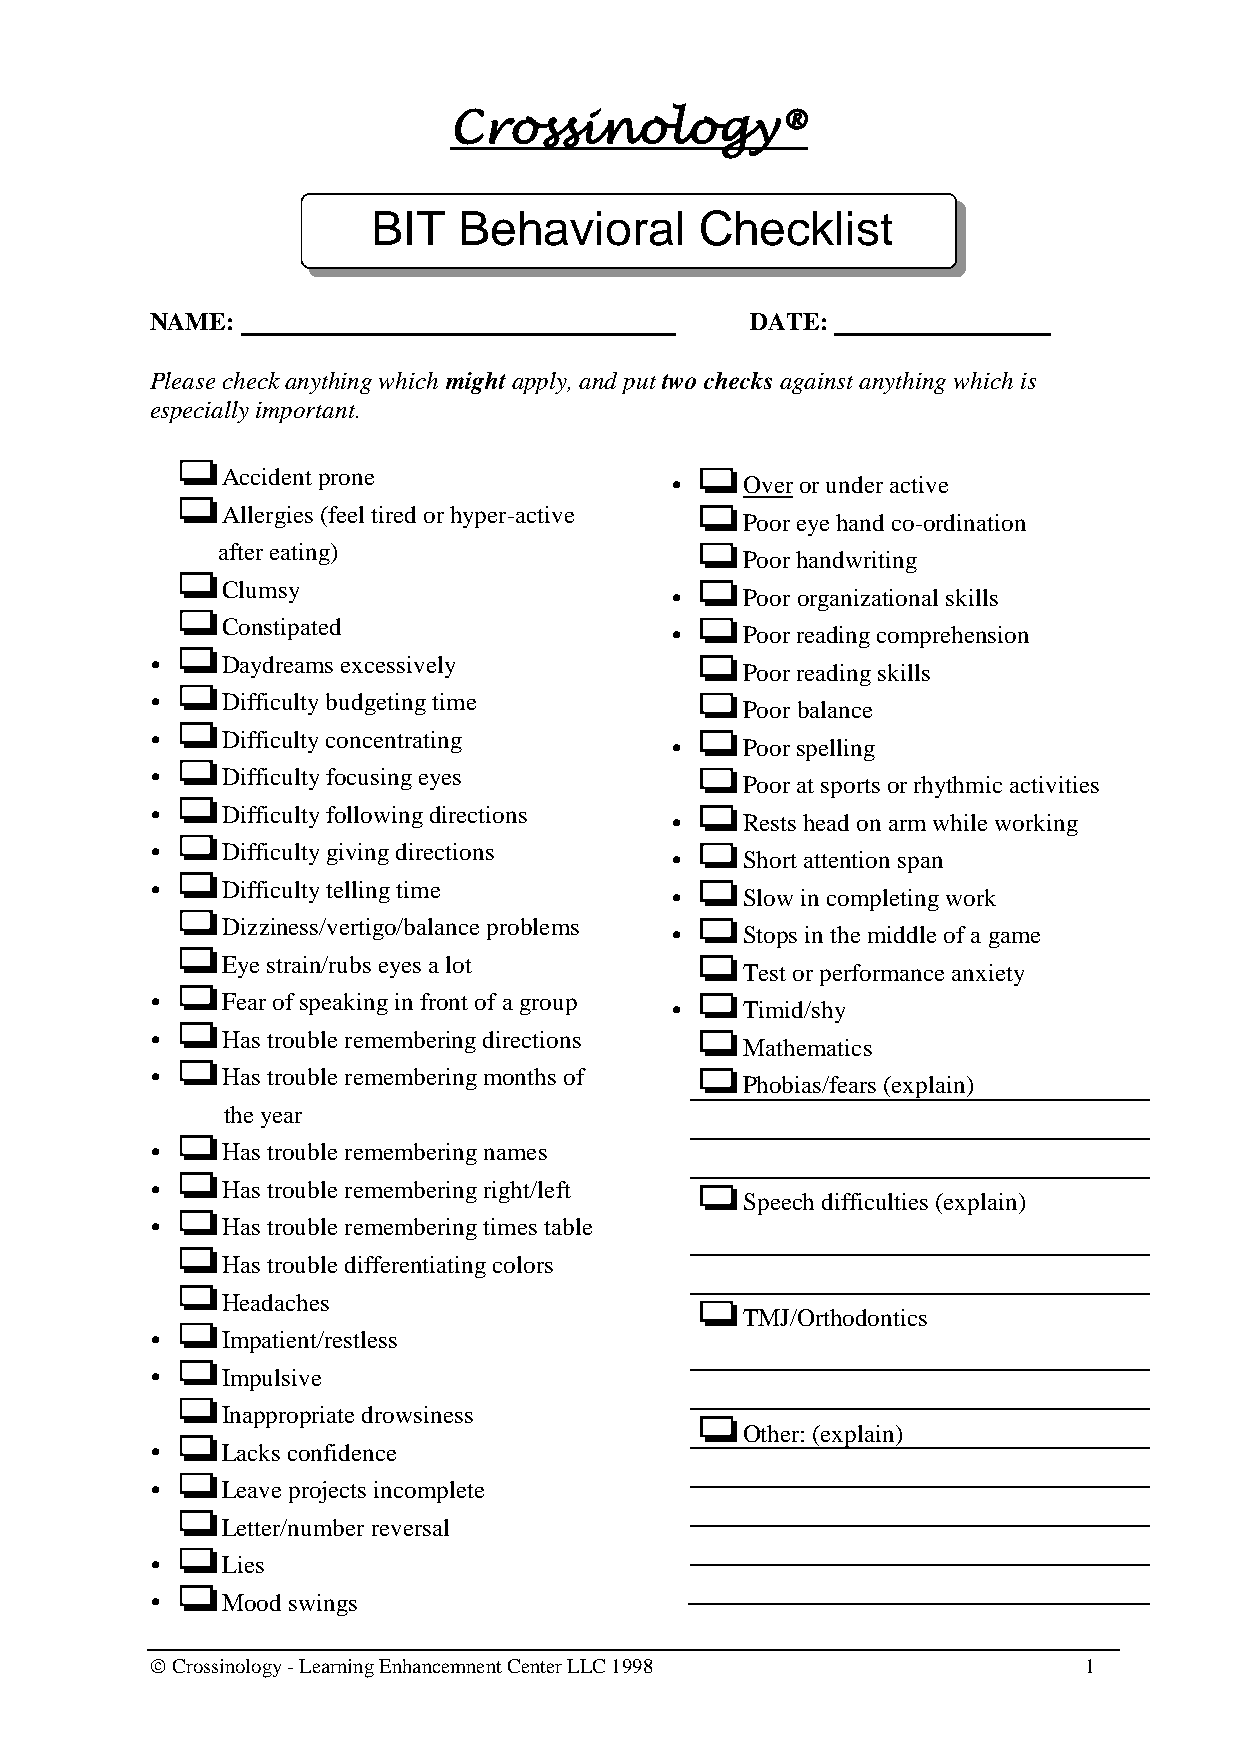
Crossinology®
 BIT  Behavioral      Checklist
 NAME:                                   DATE:
 Please check anything which might apply, and put two checks against anything which is
 especially important.
 Accident prone
     Over or under active
 Allergies (feel tired or hyper-active
 Poor eye hand co-ordination
 after eating)
 Poor handwriting
 Clumsy
     Poor organizational skills
 Constipated
     Poor reading comprehension
     Daydreams excessively
 Poor reading skills
     Difficulty budgeting time
 Poor balance
     Difficulty concentrating
     Poor spelling
     Difficulty focusing eyes
 Poor at sports or rhythmic activities
     Difficulty following directions
     Rests head on arm while working
     Difficulty giving directions
     Short attention span
     Difficulty telling time
     Slow in completing work
 Dizziness/vertigo/balance problems
     Stops in the middle of a game
 Eye strain/rubs eyes a lot
 Test or performance anxiety
     Fear of speaking in front of a group
     Timid/shy
     Has trouble remembering directions
 Mathematics
     Has trouble remembering months of
 Phobias/fears (explain)
 the year
     Has trouble remembering names
     Has trouble remembering right/left
 Speech difficulties (explain)
     Has trouble remembering times table
 Has trouble differentiating colors
 Headaches
 TMJ/Orthodontics
     Impatient/restless
     Impulsive
 Inappropriate drowsiness
 Other: (explain)
     Lacks confidence
     Leave projects incomplete
 Letter/number reversal
     Lies
     Mood swings
  Crossinology - Learning Enhancemnent Center LLC 1998        1